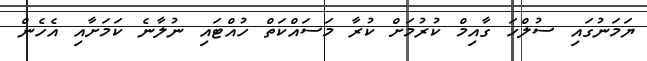
ޔަމަނުގައި ސުލްހަ ގާއިމް ކުރުމަށް ކުރާ މަސައްކަތް ހުއްޓައި ނުލާނެ ކަމަށާއި އެހެން